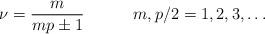
LaTeX: \begin{align*}\nu =\frac{m}{mp\pm 1}\qquad \quad m,p/2=1,2,3,\ldots \end{align*}